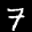
Label: 7